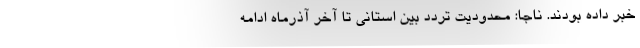
خبر داده بودند. ناجا: محدودیت تردد بین استانی تا آخر آذرماه ادامه